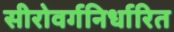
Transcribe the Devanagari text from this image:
सीरोवर्गनिर्धारित